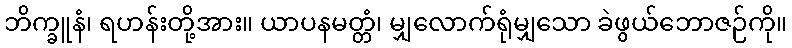
ဘိက္ခူနံ၊ ရဟန်းတို့အား။ ယာပနမတ္တံ၊ မျှလောက်ရုံမျှသော ခဲဖွယ်ဘောဇဉ်ကို။